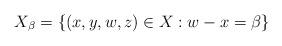
LaTeX: \begin{align*}X_\beta = \{ (x,y,w,z) \in X : w-x = \beta \}\end{align*}